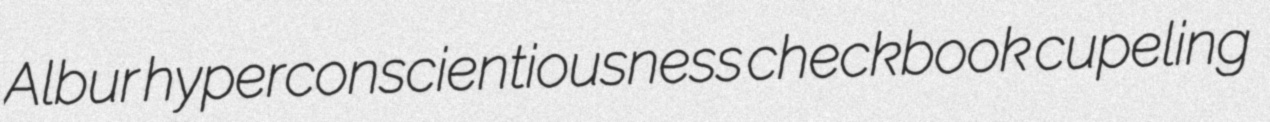
Albur hyperconscientiousness checkbook cupeling